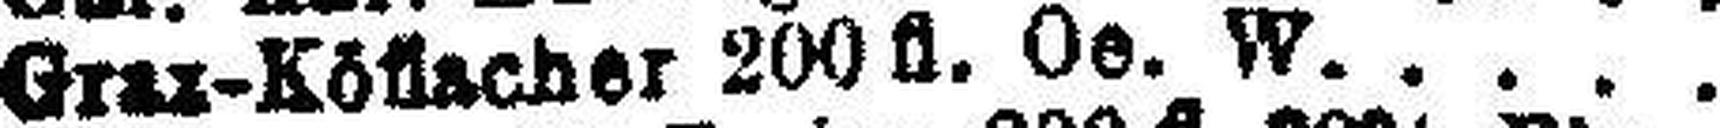
Graz-Köflacher 200 fl. Oe. W.